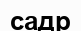
садр